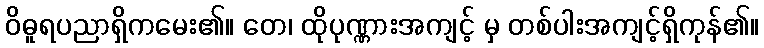
ဝိဓူရပညာရှိကမေး၏။ တေ၊ ထိုပုဏ္ဏားအကျင့် မှ တစ်ပါးအကျင့်ရှိကုန်၏။